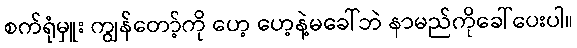
စက်ရုံမှူး ကျွန်တော့်ကို ဟေ့ ဟေ့နဲ့မခေါ်ဘဲ နာမည်ကိုခေါ်ပေးပါ။